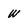
Character: w